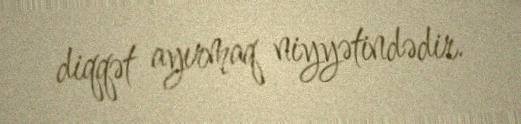
diqqət ayırmaq niyyətindədir.